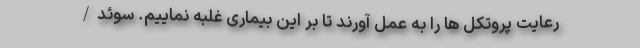
رعایت پروتکل ها را به عمل آورند تا بر این بیماری غلبه نماییم. سوئد/